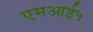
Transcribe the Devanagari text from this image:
एमआई५